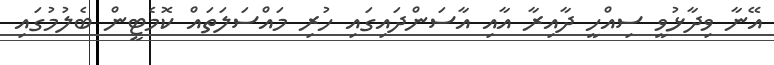
އޭނާ ވިދާޅުވީ ސިއްހީ ދާއިރާ އާއި އާސަންދައިގައި ހުރި މައްސަލަތައް ކޮމެޓީން ބެލުމުގައި